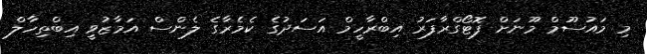
މި މައުސޫމް މޫނަށް ފޮޓޯގްރާފަރު އިބްރާހީމް އަސަދުގެ ކެމެރާގެ ލެންސް އަމާޒުވީ އިބްތިހާލް